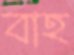
বাহ